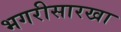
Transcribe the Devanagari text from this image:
भगरीसारखा